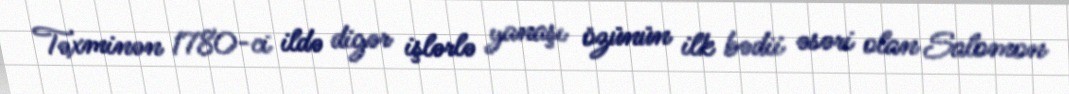
Təxminən 1780-ci ildə digər işlərlə yanaşı özünün ilk bədii əsəri olan Salomon